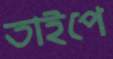
তাইপে